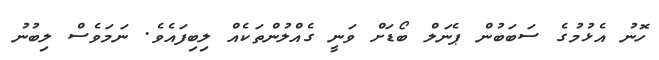
ހޮނު އެޅުމުގެ ސަބަބުން ޕެނަލް ބޯޑަށް ވަނީ ގެއްލުންތަކެއް ލިބިފައެވެ. ނަމަވެސް ލިބުނު